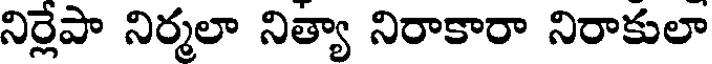
నిర్లేపా నిర్మలా నిత్యా నిరాకారా నిరాకులా